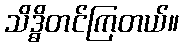
သိဒ္ဓိတင်ကြတယ်။